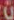
0